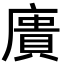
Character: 𢊮